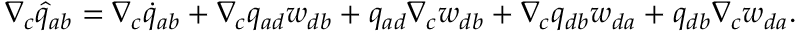
\begin{array} { r } { \nabla _ { c } \widehat { q } _ { a b } = \nabla _ { c } \dot { q } _ { a b } + \nabla _ { c } q _ { a d } w _ { d b } + q _ { a d } \nabla _ { c } w _ { d b } + \nabla _ { c } q _ { d b } w _ { d a } + q _ { d b } \nabla _ { c } w _ { d a } . } \end{array}